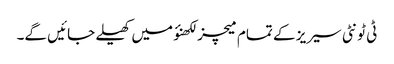
ٹی ٹونٹی سیریز کے تمام میچز لکھنؤ میں کھیلے جائیں گے۔